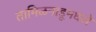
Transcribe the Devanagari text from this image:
तामिळनाडूमधले